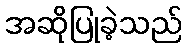
အဆိုပြုခဲ့သည်